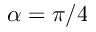
\alpha = \pi / 4